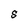
Character: S